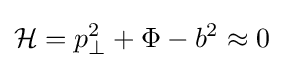
{\mathcal {H}}=p_{\perp }^{2}+\Phi -b^{2}\approx 0